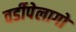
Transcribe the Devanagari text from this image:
वर्डीपेलागो